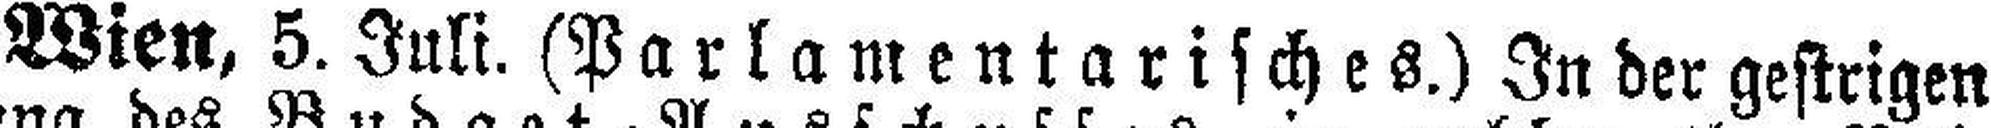
Wien, 5. Juli. (Parlamentarisches.) In der gestrigen